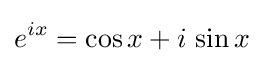
e^{ix}=\cos x+i\,\sin x